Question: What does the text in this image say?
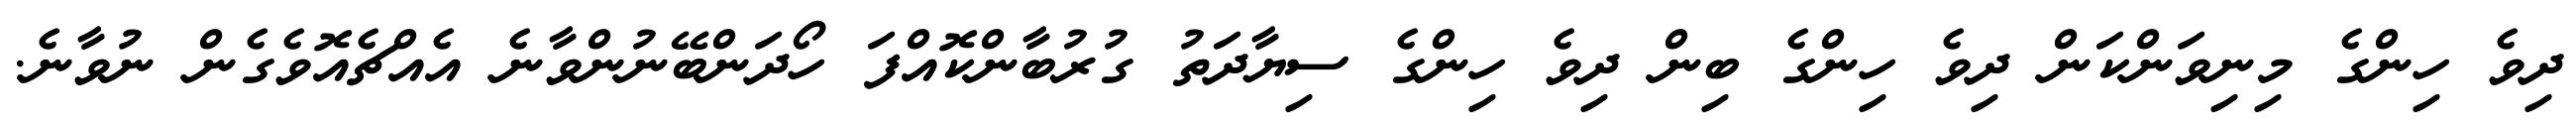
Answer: ދިވެ ހިންގެ މިނިވަންކަން ދިވެ ހިންގެ ބިން ދިވެ ހިންގެ ސިޔާދަތު ގުރުބާންކޮއްފަ ހޯދަންބޭނުންވާނެ އެއްޗެއޮވެގެން ނުވާނެ.